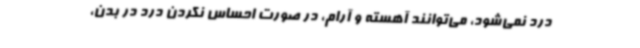
درد نمی‌شود، می‌توانند آهسته و آرام، در صورت احساس نکردن درد در بدن،